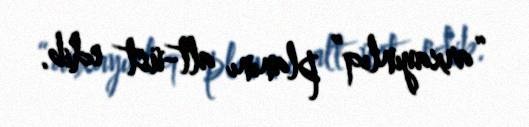
“arxayınlıq” planını alt-üst edib.